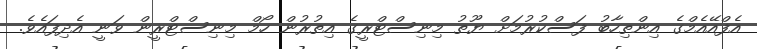
އެފްއޭއެމްގެ އިންތިހާބު ފަސްކުރުމަށް ޔޫތު މިނިސްޓްރީގެ އިތުރުން ހޯމް މިނިސްޓްރީން ވަނީ އެދިފައެވެ.